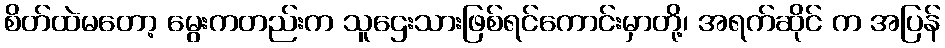
စိတ်ထဲမတော့ မွေးကတည်းက သူဌေးသားဖြစ်ရင်ကောင်းမှာတို့၊ အရက်ဆိုင် က အပြန်